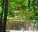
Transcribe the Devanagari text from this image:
श्र्मा